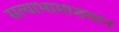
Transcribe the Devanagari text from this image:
सत्याभामाख्यान